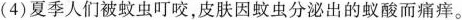
(4)夏季人们被蚊虫叮咬，皮肤因蚊虫分泌出的蚁酸而痛痒。